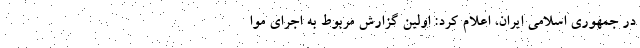
در جمهوری اسلامی ایران، اعلام کرد: اولین گزارش مربوط به اجرای موا